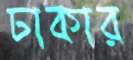
ঢাকার